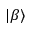
| { \beta } \rangle